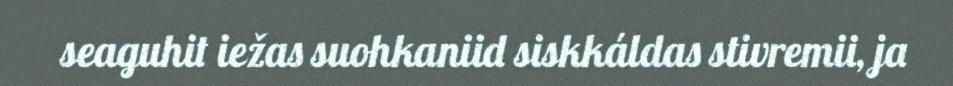
seaguhit iežas suohkaniid siskkáldas stivremii, ja